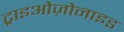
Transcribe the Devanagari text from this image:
ट्राइओज़ोनाइड